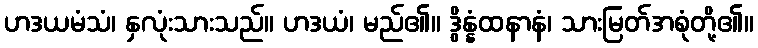
ဟဒယမံသံ၊ နှလုံးသားသည်။ ဟဒယံ၊ မည်၏။ ဒွိန္နံထနာနံ၊ သားမြတ်အစုံတို့၏။